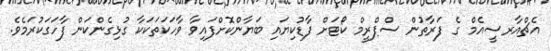
އެޗްއާރސީއެމް ގެ ފަރާތުން ސްޕްރީމް ކޯޓަށް ފާޑުކިޔައި ބަޔާންކޮށްފައިވާ ވާހަކަތަކަކާ ގުޅިގެންކަން ފާހަގަކުރަމެވެ.